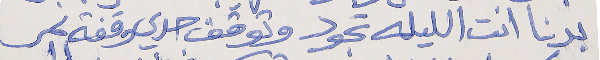
بدنا انت الليله تجود      وتوقف حدي وقفة نمر